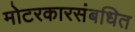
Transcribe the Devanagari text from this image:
मोटरकारसंबधित